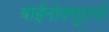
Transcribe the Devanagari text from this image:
बाईनोक्यूलर्स